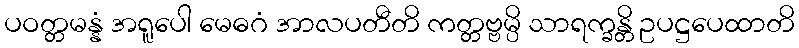
ပဝတ္တမန္နံ အရူပေါ မေဓဂံ အာလပတီတိ ကတ္တဗ္ဗမ္ပိ သာရက္ခန္တိ ဥပဋ္ဌပေထာတိ